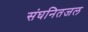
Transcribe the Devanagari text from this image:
संघनितजल